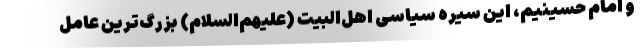
و امام حسینیم، این سیره سیاسی اهل‌البیت (علیهم‌السلام) بزرگ‌ترین عامل